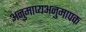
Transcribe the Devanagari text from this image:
अनुमाप्यअनुमापक